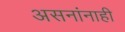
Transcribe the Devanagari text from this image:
असनांनाही